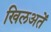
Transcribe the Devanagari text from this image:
खिलअतें